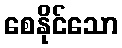
စေနိုင်သော